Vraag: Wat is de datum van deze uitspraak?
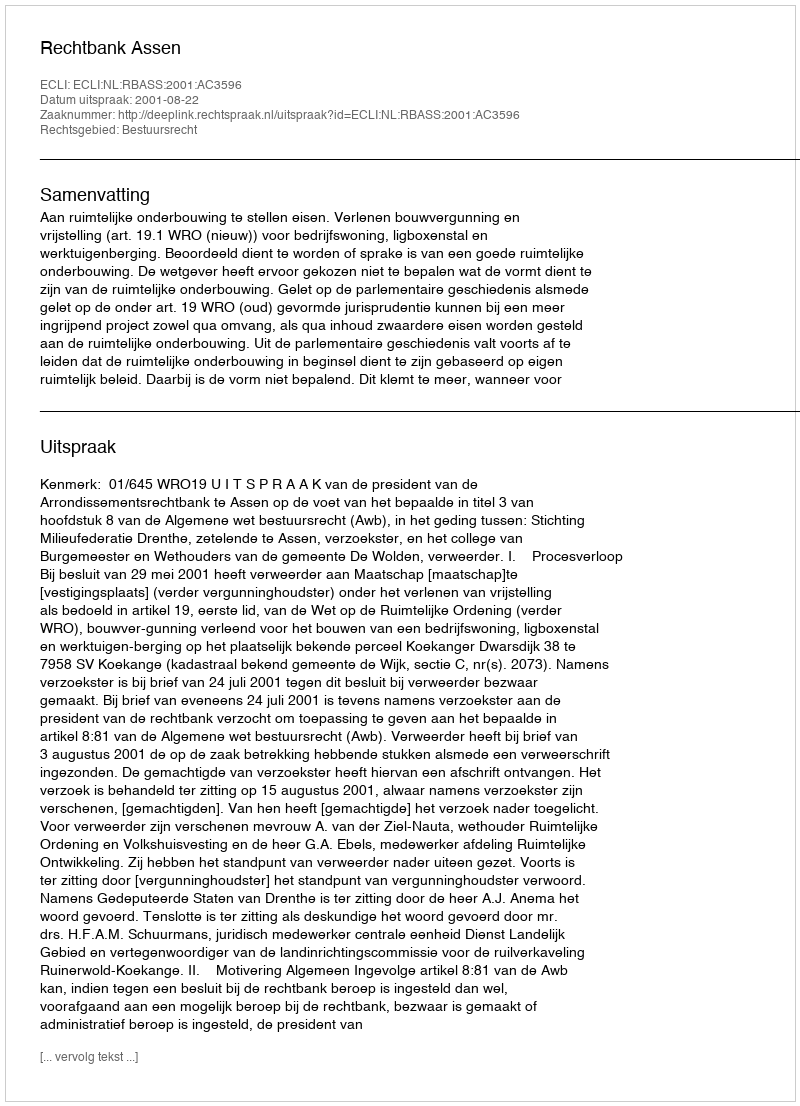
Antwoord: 2001-08-22